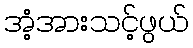
အံ့အားသင့်ဖွယ်